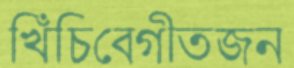
খিঁচিবেগীতজন